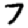
Digit: 7